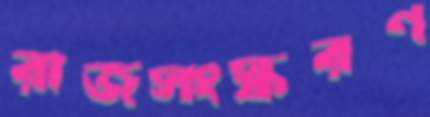
রাজসংস্করণ